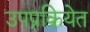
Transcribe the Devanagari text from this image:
उपप्रक्रियेत